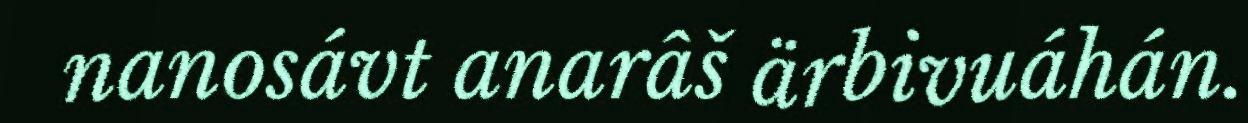
nanosávt anarâš ärbivuáhán.